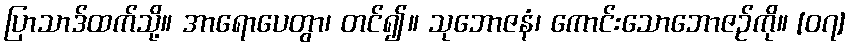
ပြာသာဒ်ထက်သို့။ အာရောပေတွာ၊ တင်၍။ သုဘောဇနံ၊ ကောင်းသောဘောဇဉ်ကို။ [၀၇]